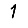
Digit: 1